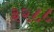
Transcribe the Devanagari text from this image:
३२८८